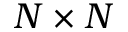
N \times N